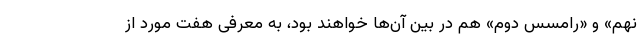
نهم» و «رامسس دوم» هم در بین آن‌ها خواهند بود، به معرفی هفت مورد از